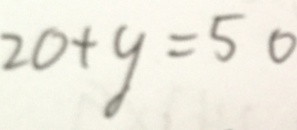
2 0 + y = 5 0